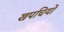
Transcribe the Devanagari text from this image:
खपचियों